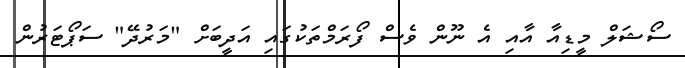
ސޯޝަލް މީޑިއާ އާއި އެ ނޫން ވެސް ފޯރަމްތަކުގައި އަދީބަށް "މަރުދޭ" ސަޕޯޓަރުން